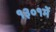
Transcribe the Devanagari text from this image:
१३०१में